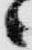
候